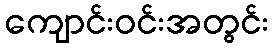
ကျောင်းဝင်းအတွင်း